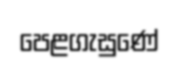
පෙළගැසුණේ